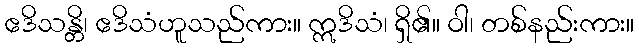
ဧဒိသန္တိ၊ ဧဒိသံဟူသည်ကား။ ဣဒိသံ၊ ရှိ၏။ ဝါ၊ တစ်နည်းကား။